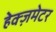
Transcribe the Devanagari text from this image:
हेक्ज़मेटर